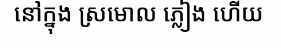
នៅក្នុង ស្រមោល ភ្លៀង ហើយ